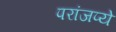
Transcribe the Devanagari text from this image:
परांजप्ये